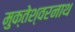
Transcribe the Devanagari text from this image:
मुक्तेश्वरनाथ